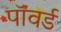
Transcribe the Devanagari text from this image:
पॉवर्ड